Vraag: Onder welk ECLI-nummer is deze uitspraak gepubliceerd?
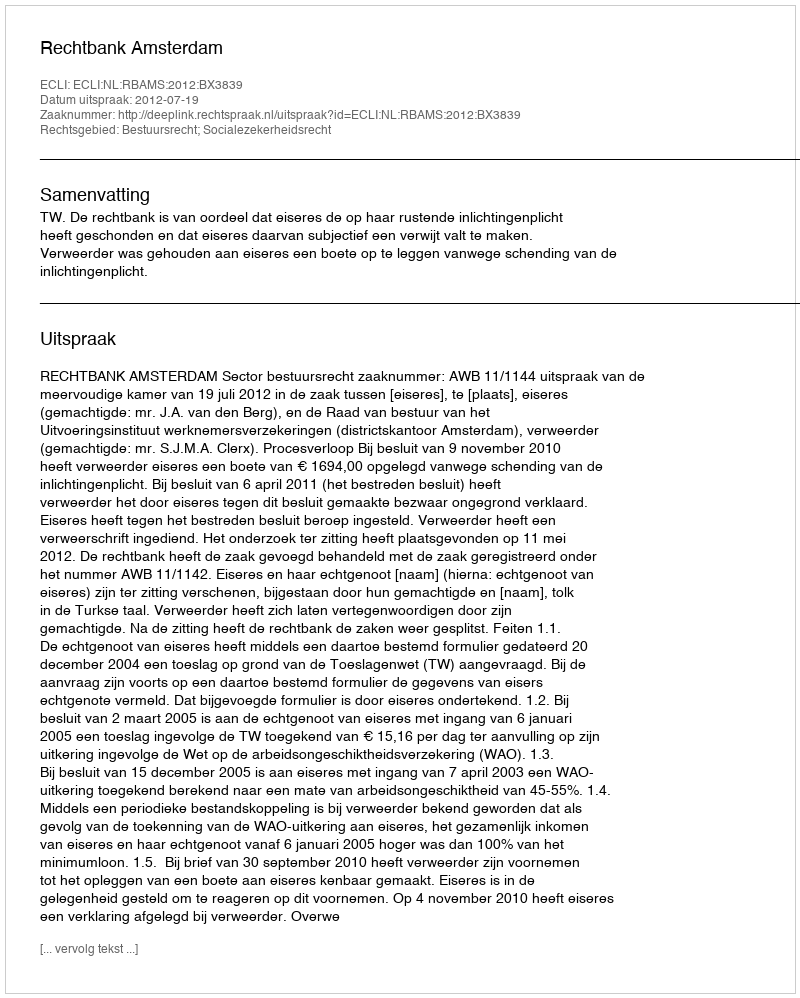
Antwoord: ECLI:NL:RBAMS:2012:BX3839